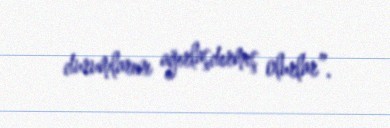
durumlarını ağırlaşdırmış olurlar”.